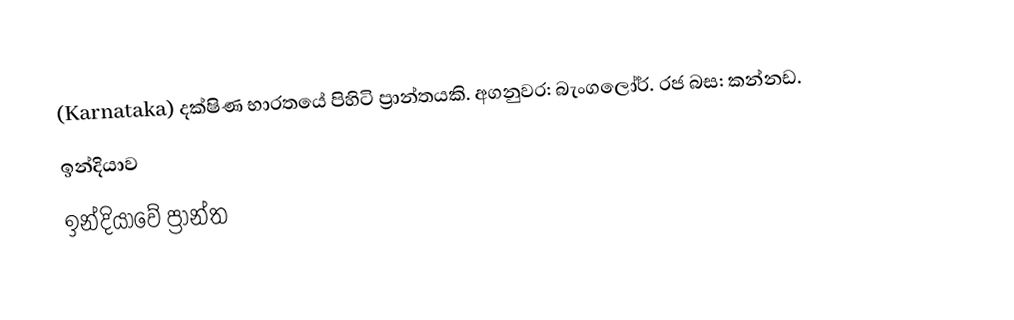
(Karnataka) දක්ෂිණ භාරතයේ පිහිටි ප්‍රාන්තයකි. අගනුවර: බැංගලෝර්. රජ බස: කන්නඩ.
ඉන්දියාව
ඉන්දියාවේ ප්‍රාන්ත